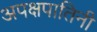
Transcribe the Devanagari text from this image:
अपक्षपातिनी